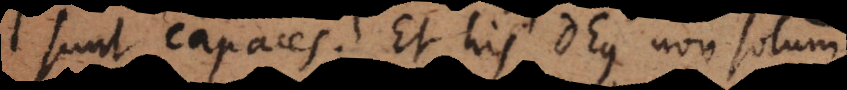
sunt capaces. Et his Deus non solum